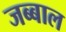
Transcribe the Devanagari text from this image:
जब्बाल